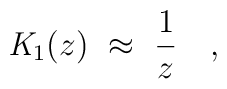
{\mathit {K}}_{1}(z)~ \approx ~ \frac {1}{z} ~~~,